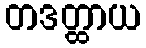
တဒတ္ထာယ